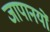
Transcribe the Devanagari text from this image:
जापानयों